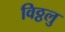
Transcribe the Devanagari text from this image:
विठ्ठलु